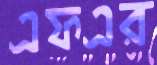
এফএর